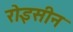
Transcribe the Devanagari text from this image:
रोइसीन